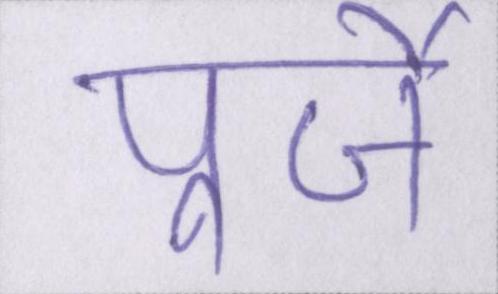
पुर्जे